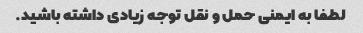
لطفا به ایمنی حمل و نقل توجه زیادی داشته باشید.